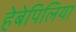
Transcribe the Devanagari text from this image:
हेबेपिलिया